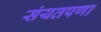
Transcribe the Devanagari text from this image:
संयतपणा